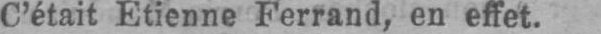
C’était Etienne Ferrand, en effet.